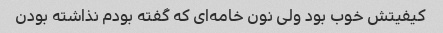
کیفیتش خوب بود ولی نون خامه‌ای که گفته بودم نذاشته بودن